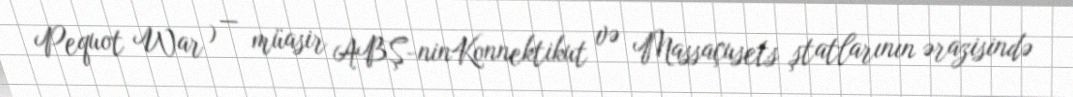
Pequot War ) — müasir ABŞ-ninKonnektikut və Massaçusets ştatlarının ərazisində